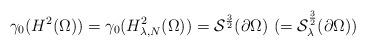
LaTeX: \begin{align*}\gamma_0(H^2(\Omega))=\gamma_0(H^2_{\lambda,N}(\Omega))=\mathcal S^{\frac{3}{2}}(\partial\Omega)\ (=\mathcal S^{\frac{3}{2}}_{\lambda}(\partial\Omega))\end{align*}